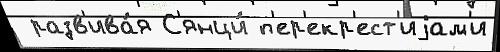
 разв'ива́я С'янци́ п'ер'екр'ест'иjам'и